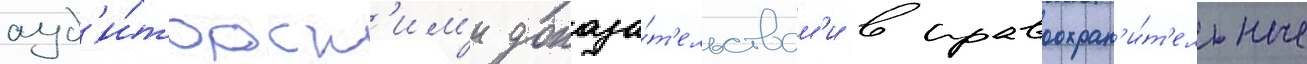
ауд'и́торск'им'и доказа́т'ельствам'и в правоохран'и́т'ельные